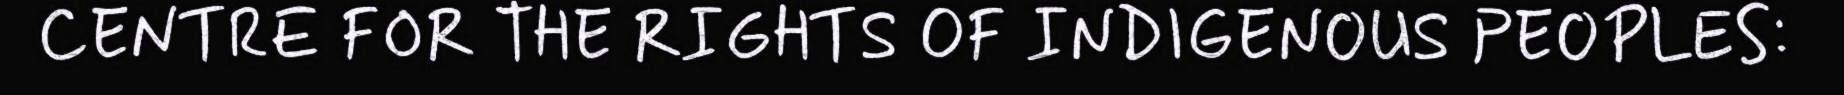
CENTRE FOR THE RIGHTS OF INDIGENOUS PEOPLES: